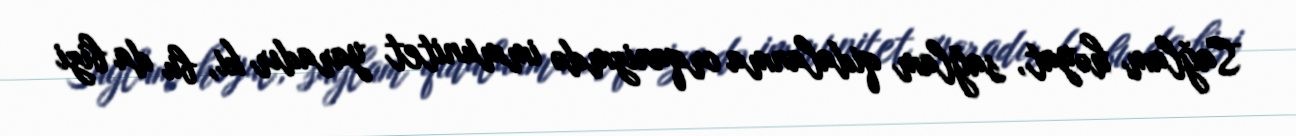
Sağlam həyat, sağlam qidalanma orqanizmdə immunitet yaradır ki, bu da bizi